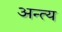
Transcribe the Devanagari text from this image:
अन्‍त्‍य